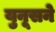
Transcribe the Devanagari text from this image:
युनूसने